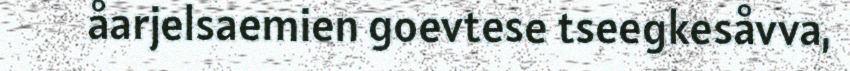
åarjelsaemien goevtese tseegkesåvva,